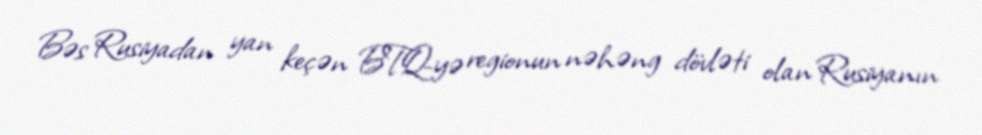
Bəs Rusiyadan yan keçən BTQ-yə regionun nəhəng dövləti olan Rusiyanın